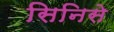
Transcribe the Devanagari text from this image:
सिनिसे